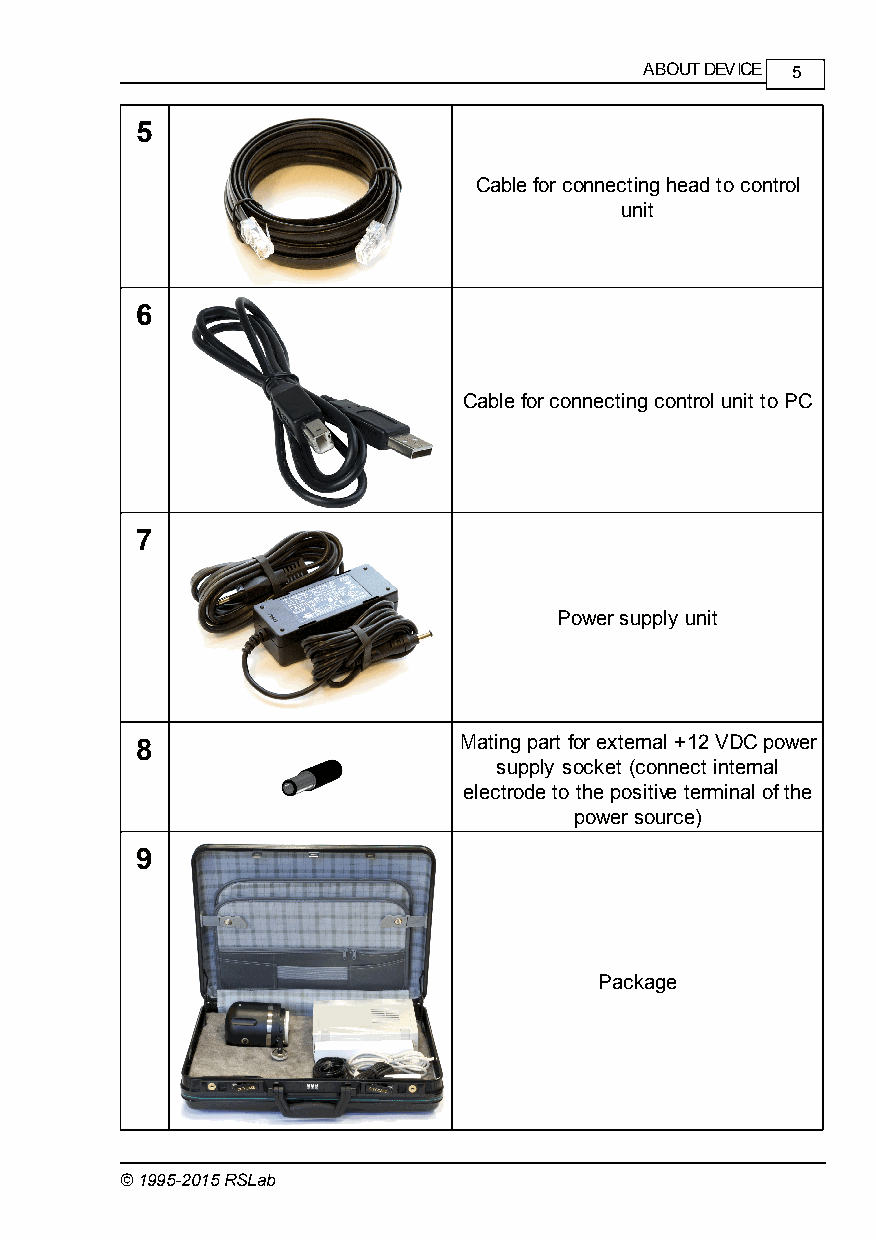
ABOUT DEVICE 5
 5
 Cable for connecting head to control
 unit
 6
 Cable for connecting control unit to PC
 7
 Power supply unit
 8                    Mating part for external +12 VDC power
 supply socket (connect internal
 electrode to the positive terminal of the
 power source)
 9
 Package
 © 1995-2015 RSLab